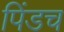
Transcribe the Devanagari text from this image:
पिंडच